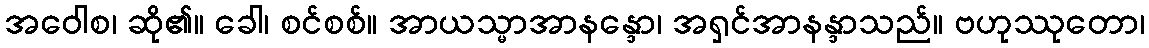
အဝေါစ၊ ဆို၏။ ခေါ၊ စင်စစ်။ အာယသ္မာအာနန္ဒော၊ အရှင်အာနန္ဒာသည်။ ဗဟုဿုတော၊